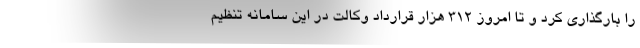
را بارگذاری کرد و تا امروز ۳۱۲ هزار قرارداد وکالت در این سامانه تنظیم